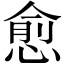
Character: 愈